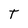
Character: T